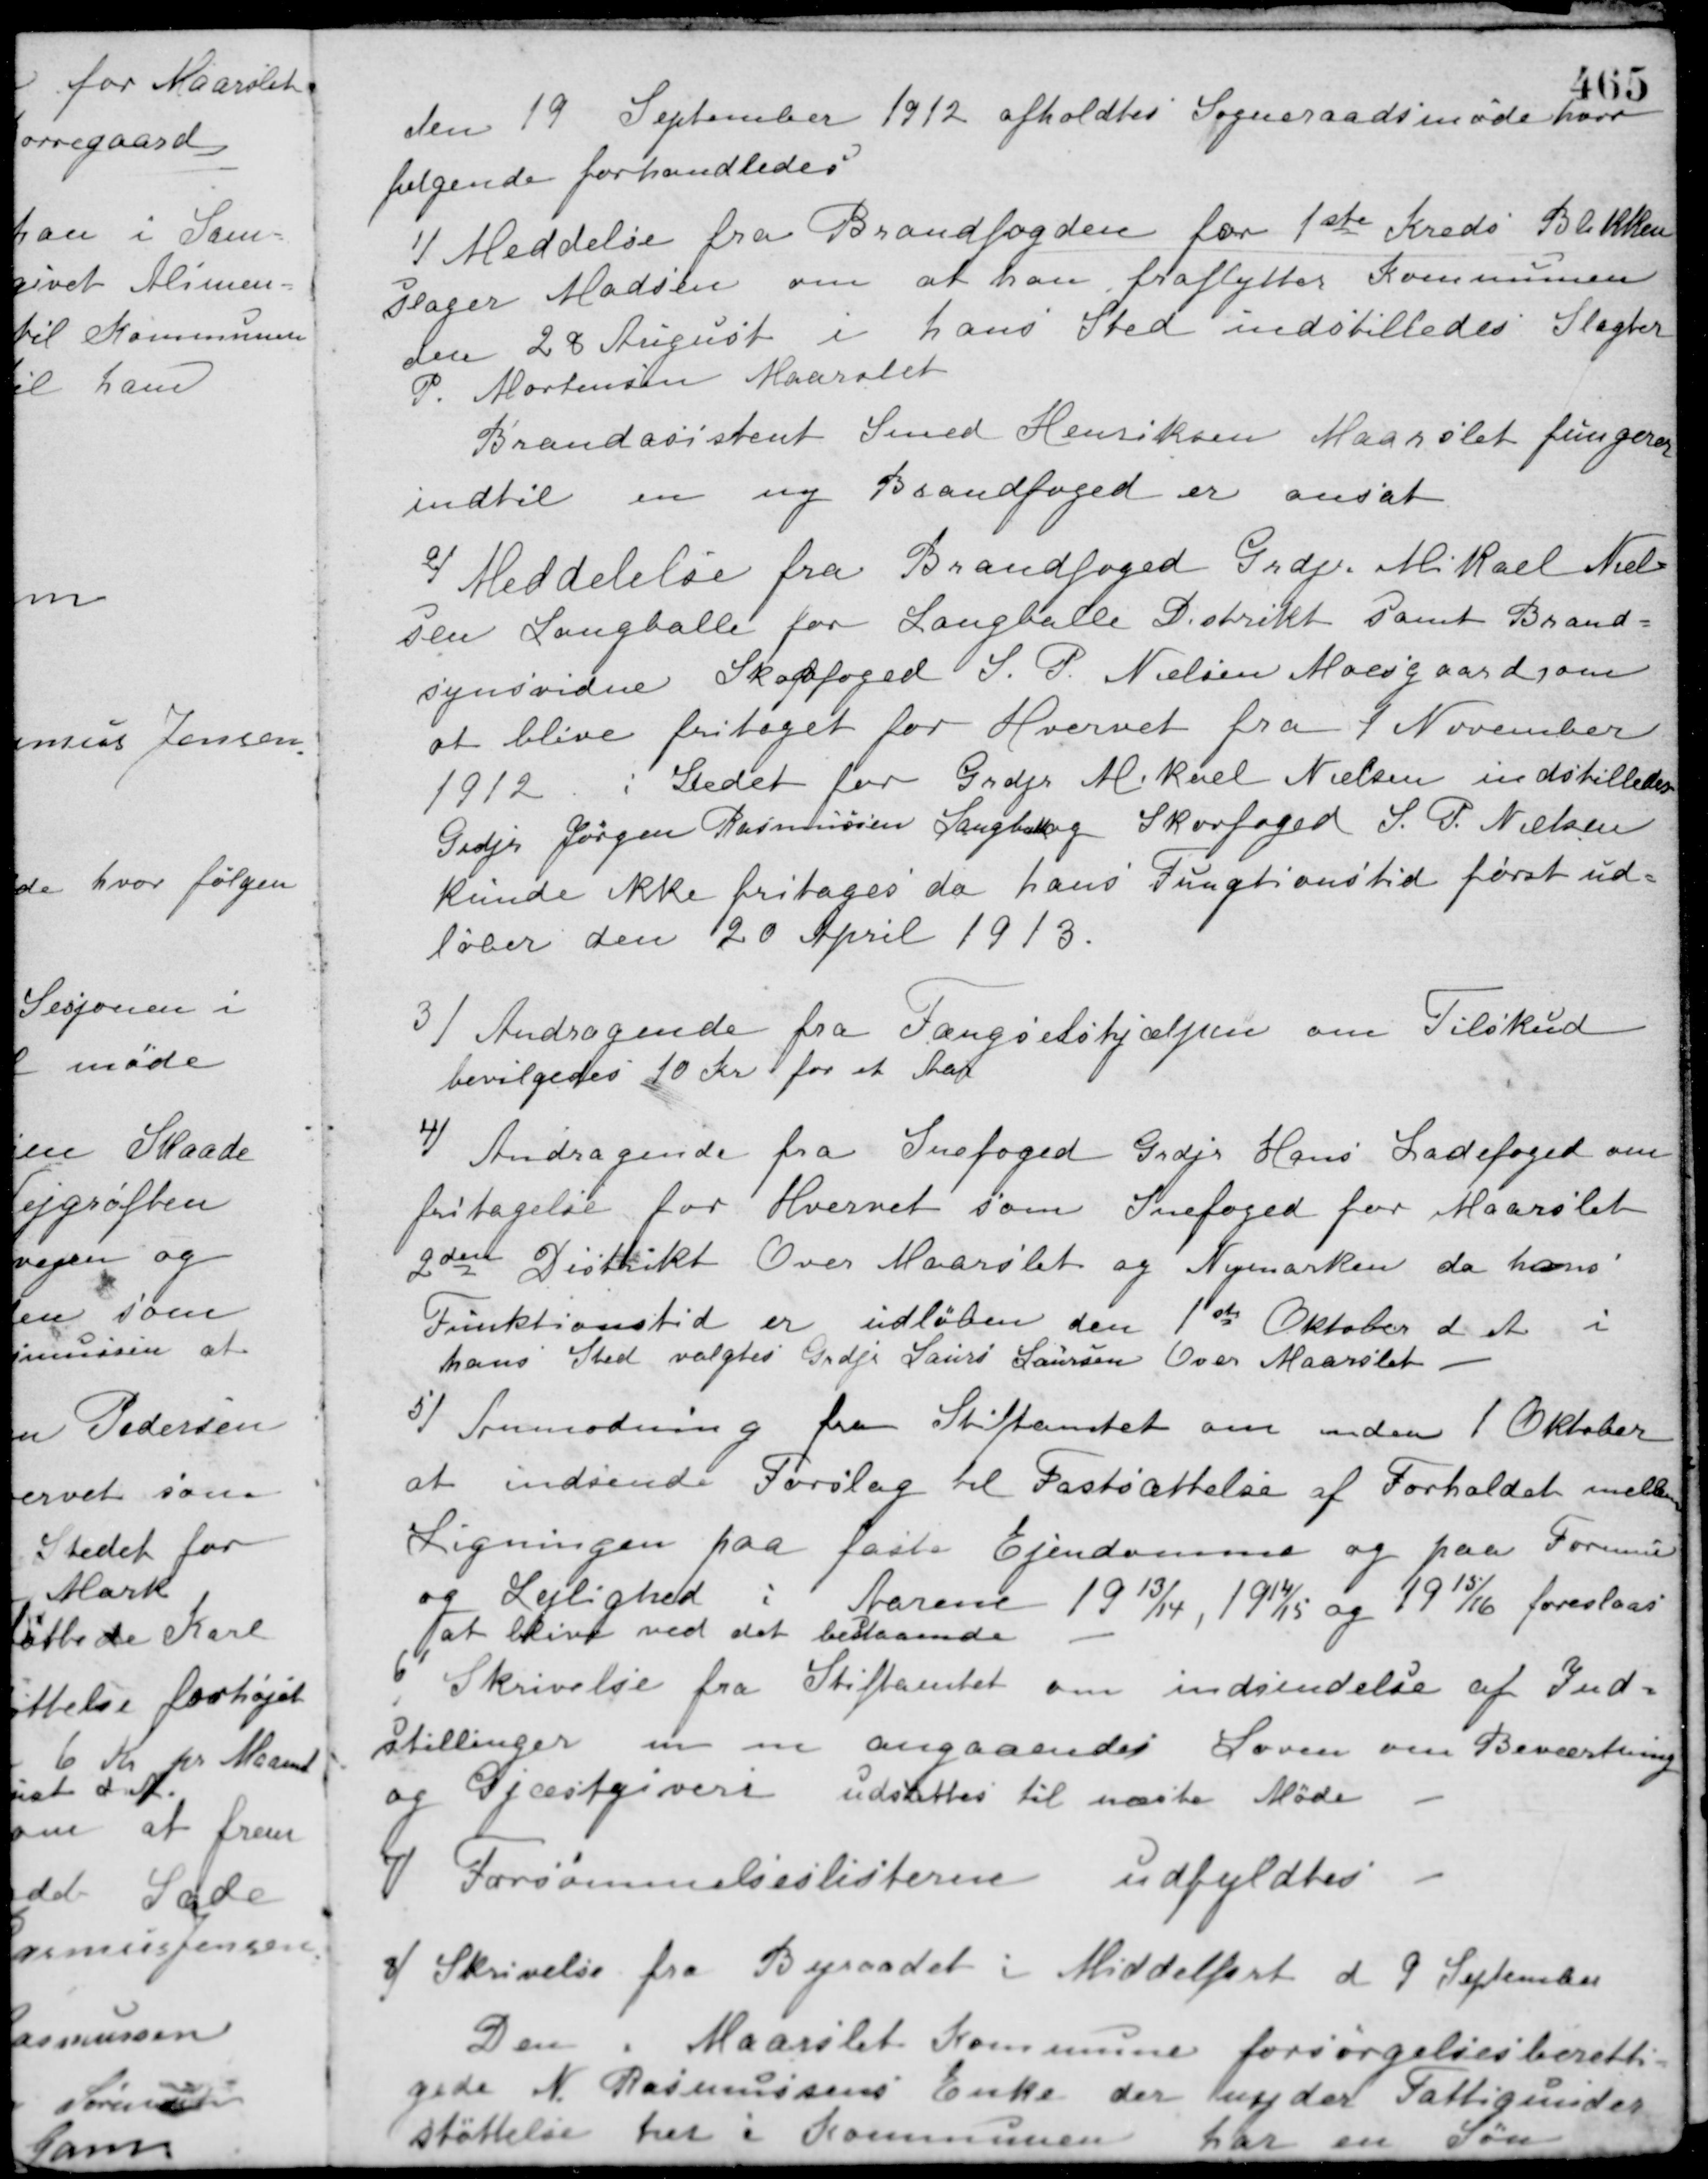
Transskription:
den 19 September 1912 afholdtes Sogneraadsmøde hvor
følgende forhandledes
1/ Meddelse fra Brandfogden for 1ste Kreds Blikken-
slager Madsen om at han fraflytter Kommunen
den 28 August i hans Sted indstilledes Slagter
P. Mortensen Maarslet.
Brandasistent Smed Henriksen Maarslet fungerer
indtil en ny Brandfoged er ansat.
2/ Meddelelse fra Brandfoged Grdjr. Mikael Niel-
sen Langballe for Langballe Distrikt samt Brand-
synsvidne Skovfoged S. P. Nielsen Moesgaard, om
at blive fritaget for Hvervet fra 1 November
1912. i Stedet for Grdjr. Mikael Nielsen indstilledes
Grdjr. Jørgen Rasmussen Langballe og Skovfoged S. P. Nielsen
kunde ikke fritages da hans Fungtionstid først ud-
løber den 20 April 1913.
3/ Andragende fra Fængselshjælpen om Tilskud
bevilgedes 10 Kr. for et Aar.
4/ Andragende fra Snefoged Grdjr. Hans Ladefoged om
fritagelse for Hvervet som Snefoged for Maarslet
2den Distrikt Over Maarslet og Nymarken da hans
Funktionstid er udløben den 1ste Oktober d. A. i
hans Sted valgtes Grdjr. Laurs Laursen Over Maarslet.
5/ Anmodning fra Stiftamtet om inden 1 Oktober
at indsende Forslag til Fastsættelse af Forholdet mellem
Ligningen paa faste Ejendomme og paa Formue
og Lejlighed
i Aarene 1913/14, 1914/15 og 1915/16 foreslaas
at blive ved det bestaaende.
6/ Skrivelse fra Stiftamtet om indsendelse af Ind-
stillinger m. m. angaaendes Loven om Beværtning
og Gjæstgiveri udsattes til næste Møde.
7/ Forsømmelseslisterne udfyldtes.
8/ Skrivelse fra Byraadet i Middelfart d 9 September.
Den i Maarslet Kommune forsørgelsesberetti-
gede N. Rasmussens Enke der nyder Fattigunder-
støttelse her i Kommunen har en Søn